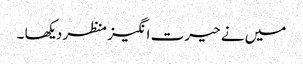
میں نے حیرت انگیز منظر دیکھا ۔